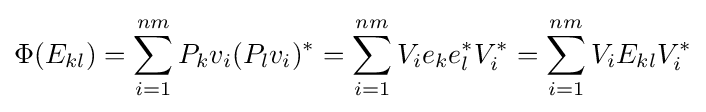
\Phi (E_{kl})=\sum _{i=1}^{nm}P_{k}v_{i}(P_{l}v_{i})^{*}=\sum _{i=1}^{nm}V_{i}e_{k}e_{l}^{*}V_{i}^{*}=\sum _{i=1}^{nm}V_{i}E_{kl}V_{i}^{*}